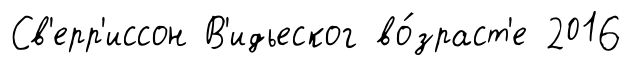
Св'ерр'иссон В'идьеског во́зраст'е 2016